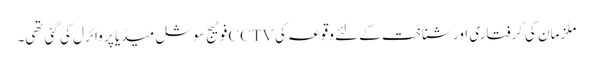
ملزمان کی گرفتاری اور شناخت کے لئے وقوعہ کی CCTVفوٹیج سوشل میڈیا پر وائرل کی گئی تھی۔